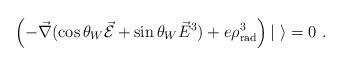
LaTeX: \begin{align*}\left( - \vec{\nabla} ( \cos \theta_W \vec{\cal E} + \sin \theta_W\vec{E}^3) + e \rho^3_{\rm rad} \right) | \ \rangle = 0 \ .\end{align*}